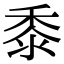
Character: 黍